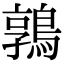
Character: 鶉